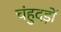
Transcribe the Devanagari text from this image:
चंहुदड़ों